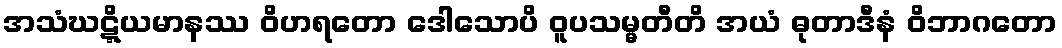
အသံဃဋ္ဋိယမာနဿ ဝိဟရတော ဒေါသောပိ ဝူပသမ္မတီတိ အယံ ဓုတာဒီနံ ဝိဘာဂတော